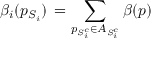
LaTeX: \beta _ { i } ( p _ { S _ { i } } ) \, = \displaystyle \sum _ { p _ { S _ { i } ^ { c } } \in A _ { S _ { i } ^ { c } } } \beta ( p )